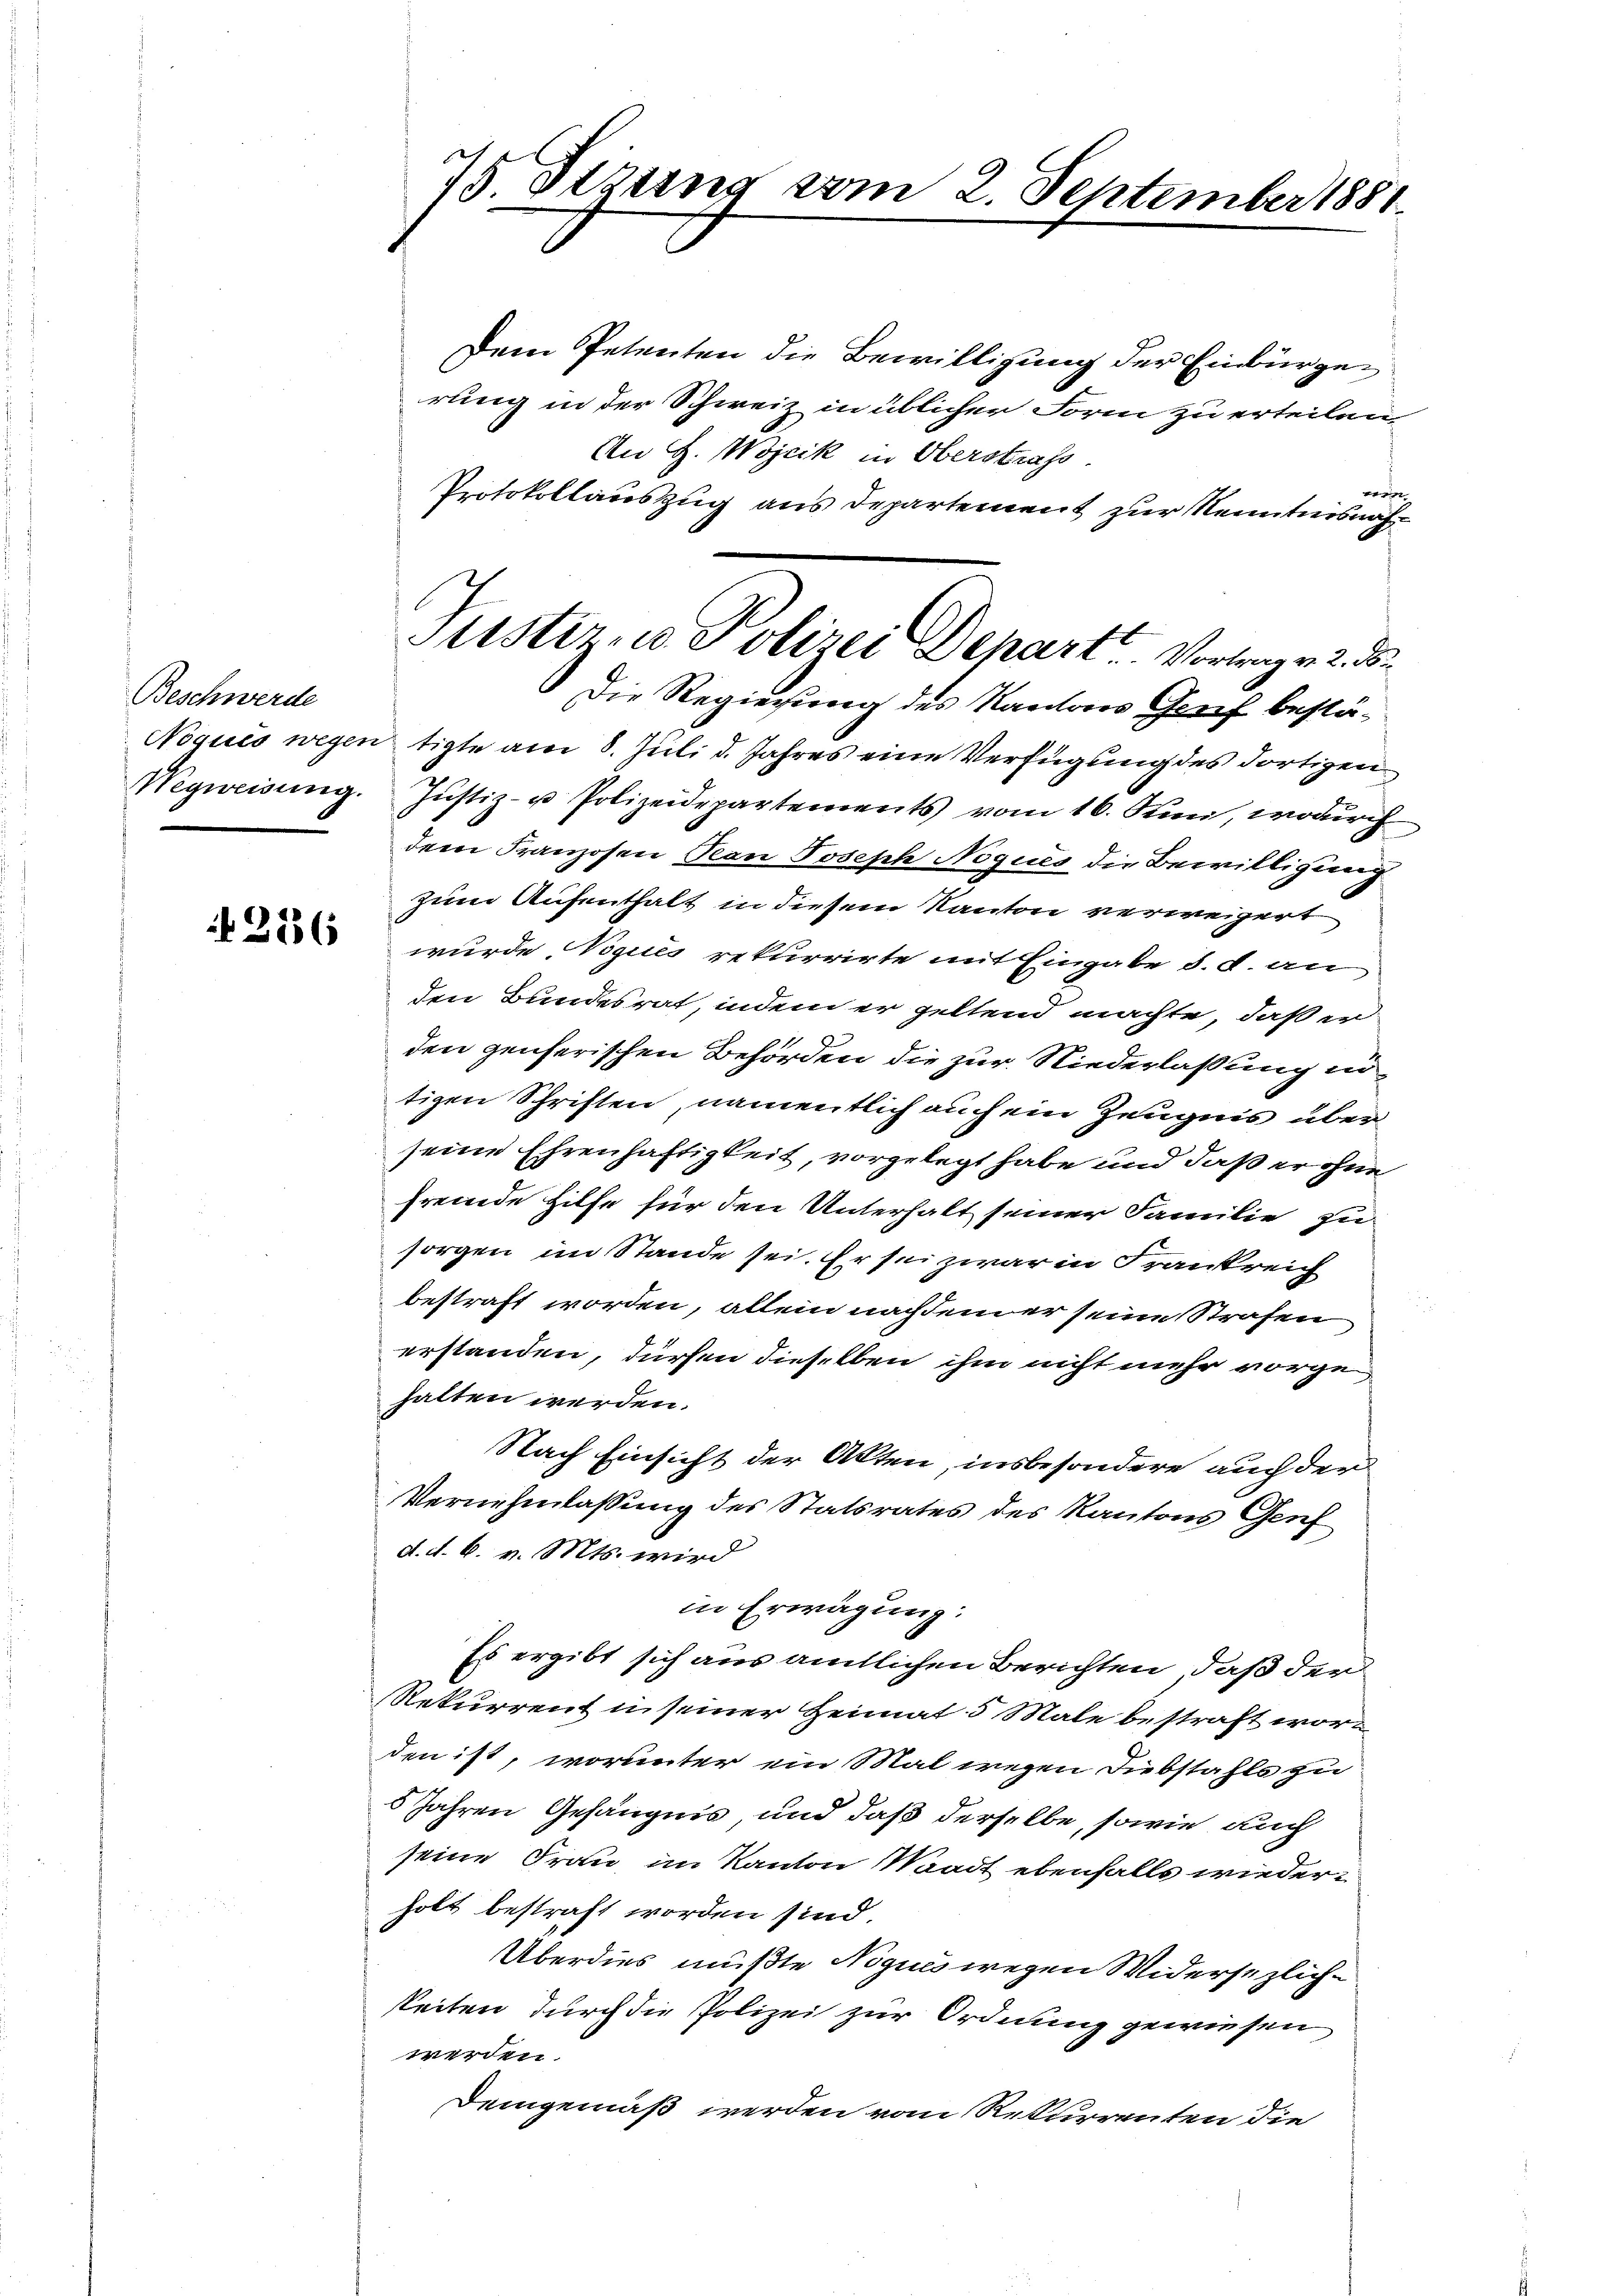
Beschwerde

2136

75. Sizung vom 2. September 1881.

Dem Petenten die Bewilligung der Einbürgerung in der Schweiz in üblicher Form zu erteilen,
An Z. Wojcik in Oberstrafs
n
Protokollauszug aus Departement zur Kenntnisnah¬
Die Regierung des Kantons Greif bestä-
Noquis wegen tigte am 8. Juli d. Jahres eine Verfügung des dortigen
Wegweisung. Justiz- u Polizeidepartements vom 16. Juni, wodŭrch
dem Franzosen Pean Joseph Noques die Bewilligung
zum Aufenthalt in diesem Kanton verweigert
wurde, Nogués rekurrirte mit Eingabe 5. d. an
den Bundesrat, indem er geltend machte, daß er
den genherischen Behörden die zur Niederlaßung intigen Schriften, namentlich auch ein Zeugnis überseine Ehrenhaftigkeit, vorgelegt habe und daß er ohne
fremde Hilfe für den Unterhalt seiner Familie zu
sorgen im Stande sei. Er sei zwar in Frankreich
bestraft worden, allein nachdem er seine Strafen
erstanden, dürfen dieselben ihm nicht mehr vorgehalten werden.
Nach Einsicht der Akten, insbesondere auch der
Vernehmlassung des Statsrates des Kantons Genf
d. d. 6. v. Mts. wird
in Erwägung:
Es ergibt sich aus amtlichen Berichten, daß der
Rekurrent in seiner Heimat 5 Male bestraft worden ist, worunter ein Mal wegen Diebstahls zu
5 Jahren Gefängnis, und daß derselbe, sowie auch
seine Frau, im Kanton Waadt ebenfalls wiederholt bestraft worden sind.
Überdies mußte Noques wegen Widersezliche
Seiten durch die Polizei zur Ordnung gewiesen
werden.
Demgemäß werden vom Rekurrenten die

Justizuo Polizei Dehart Vortrage 2. F